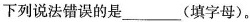
下列说法错误的是___(填字母)。